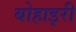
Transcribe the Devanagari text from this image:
बोहाइरी